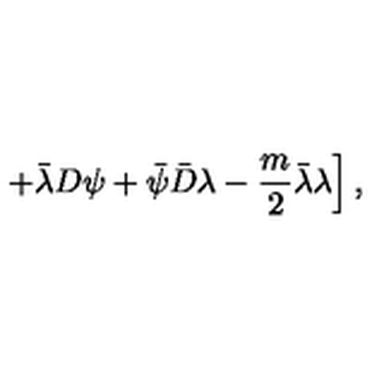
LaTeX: \left. + { \bar { \lambda } } D \psi + { \bar { \psi } } { \bar { D } } \lambda - \frac { m } { 2 } { \bar { \lambda } } \lambda \right] ,